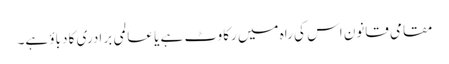
مقامی قانون اس کی راہ میں رکاوٹ ہے یا عالمی برادری کا دباؤ ہے۔